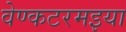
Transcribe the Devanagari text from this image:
वेण्कटरमइया